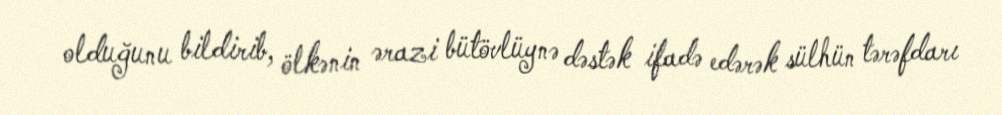
olduğunu bildirib, ölkənin ərazi bütövlüynə dəstək ifadə edərək sülhün tərəfdarı